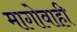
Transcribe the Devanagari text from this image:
मागोवाही